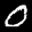
Label: 0